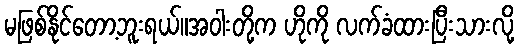
မဖြစ်နိုင်တော့ဘူးရယ်။အဝါးတို့က ဟိုကို လက်ခံထားပြီးသားလို့